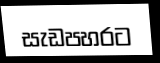
සැඩපහරට